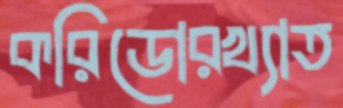
করিডোরখ্যাত